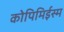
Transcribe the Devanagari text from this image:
कोपिमिईस्म